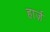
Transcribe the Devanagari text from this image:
हार्ज़